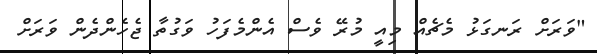
"ވަރަށް ރަނގަޅު މެޗެއް މިއީ މުރޭ ވެސް އެންމެފަހު ވަގުތާ ޖެހެންދެން ވަރަށް